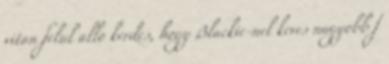
vitan felul allo kerdes, hogy Blackie-nel keves nagyobb f